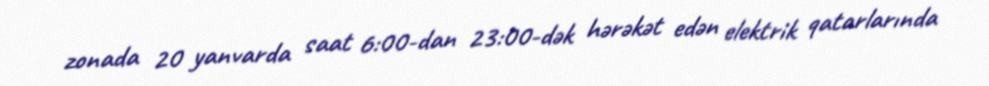
zonada 20 yanvarda saat 6:00-dan 23:00-dək hərəkət edən elektrik qatarlarında